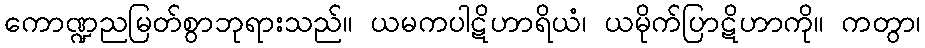
ကောဏ္ဍညမြတ်စွာဘုရားသည်။ ယမကပါဋိဟာရိယံ၊ ယမိုက်ပြာဋိဟာကို။ ကတွာ၊